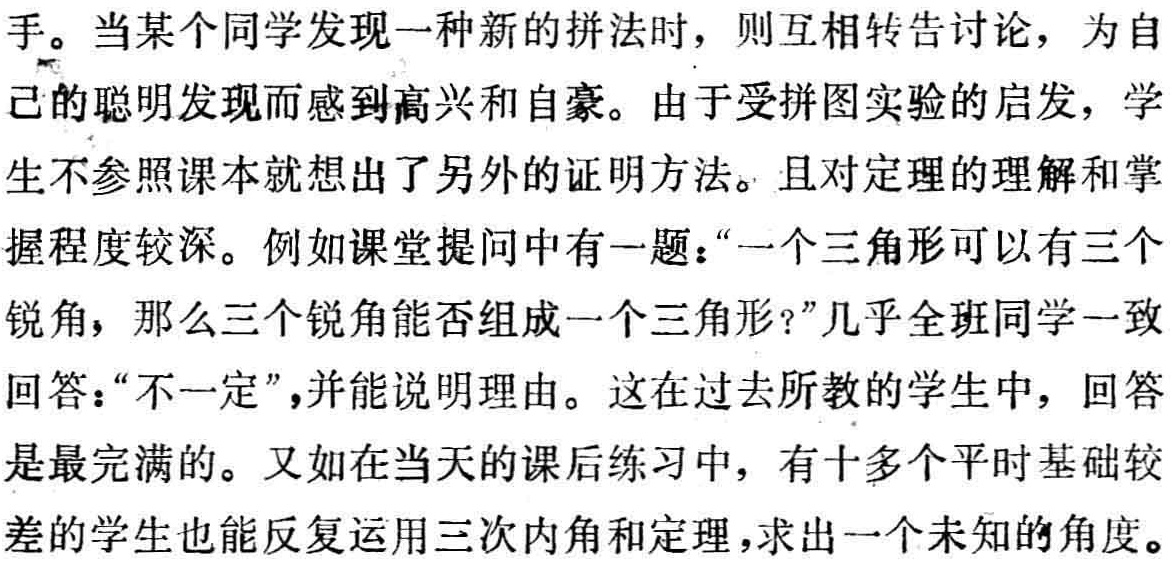
手。当某个同学发现一种新的拼法时，则互相转告讨论，为自
己的聪明发现而感到高兴和自豪。由于受拼图实验的启发，学
生不参照课本就想出了另外的证明方法。且对定理的理解和掌
握程度较深。例如课堂提问中有一题：“一个三角形可以有三个
锐角，那么三个锐角能否组成一个三角形?”几乎全班同学一致
回答：“不一定”,并能说明理由。这在过去所教的学生中，回答
是最完满的。又如在当天的课后练习中，有十多个平时基础较
差的学生也能反复运用三次内角和定理，求出一个未知的角度。